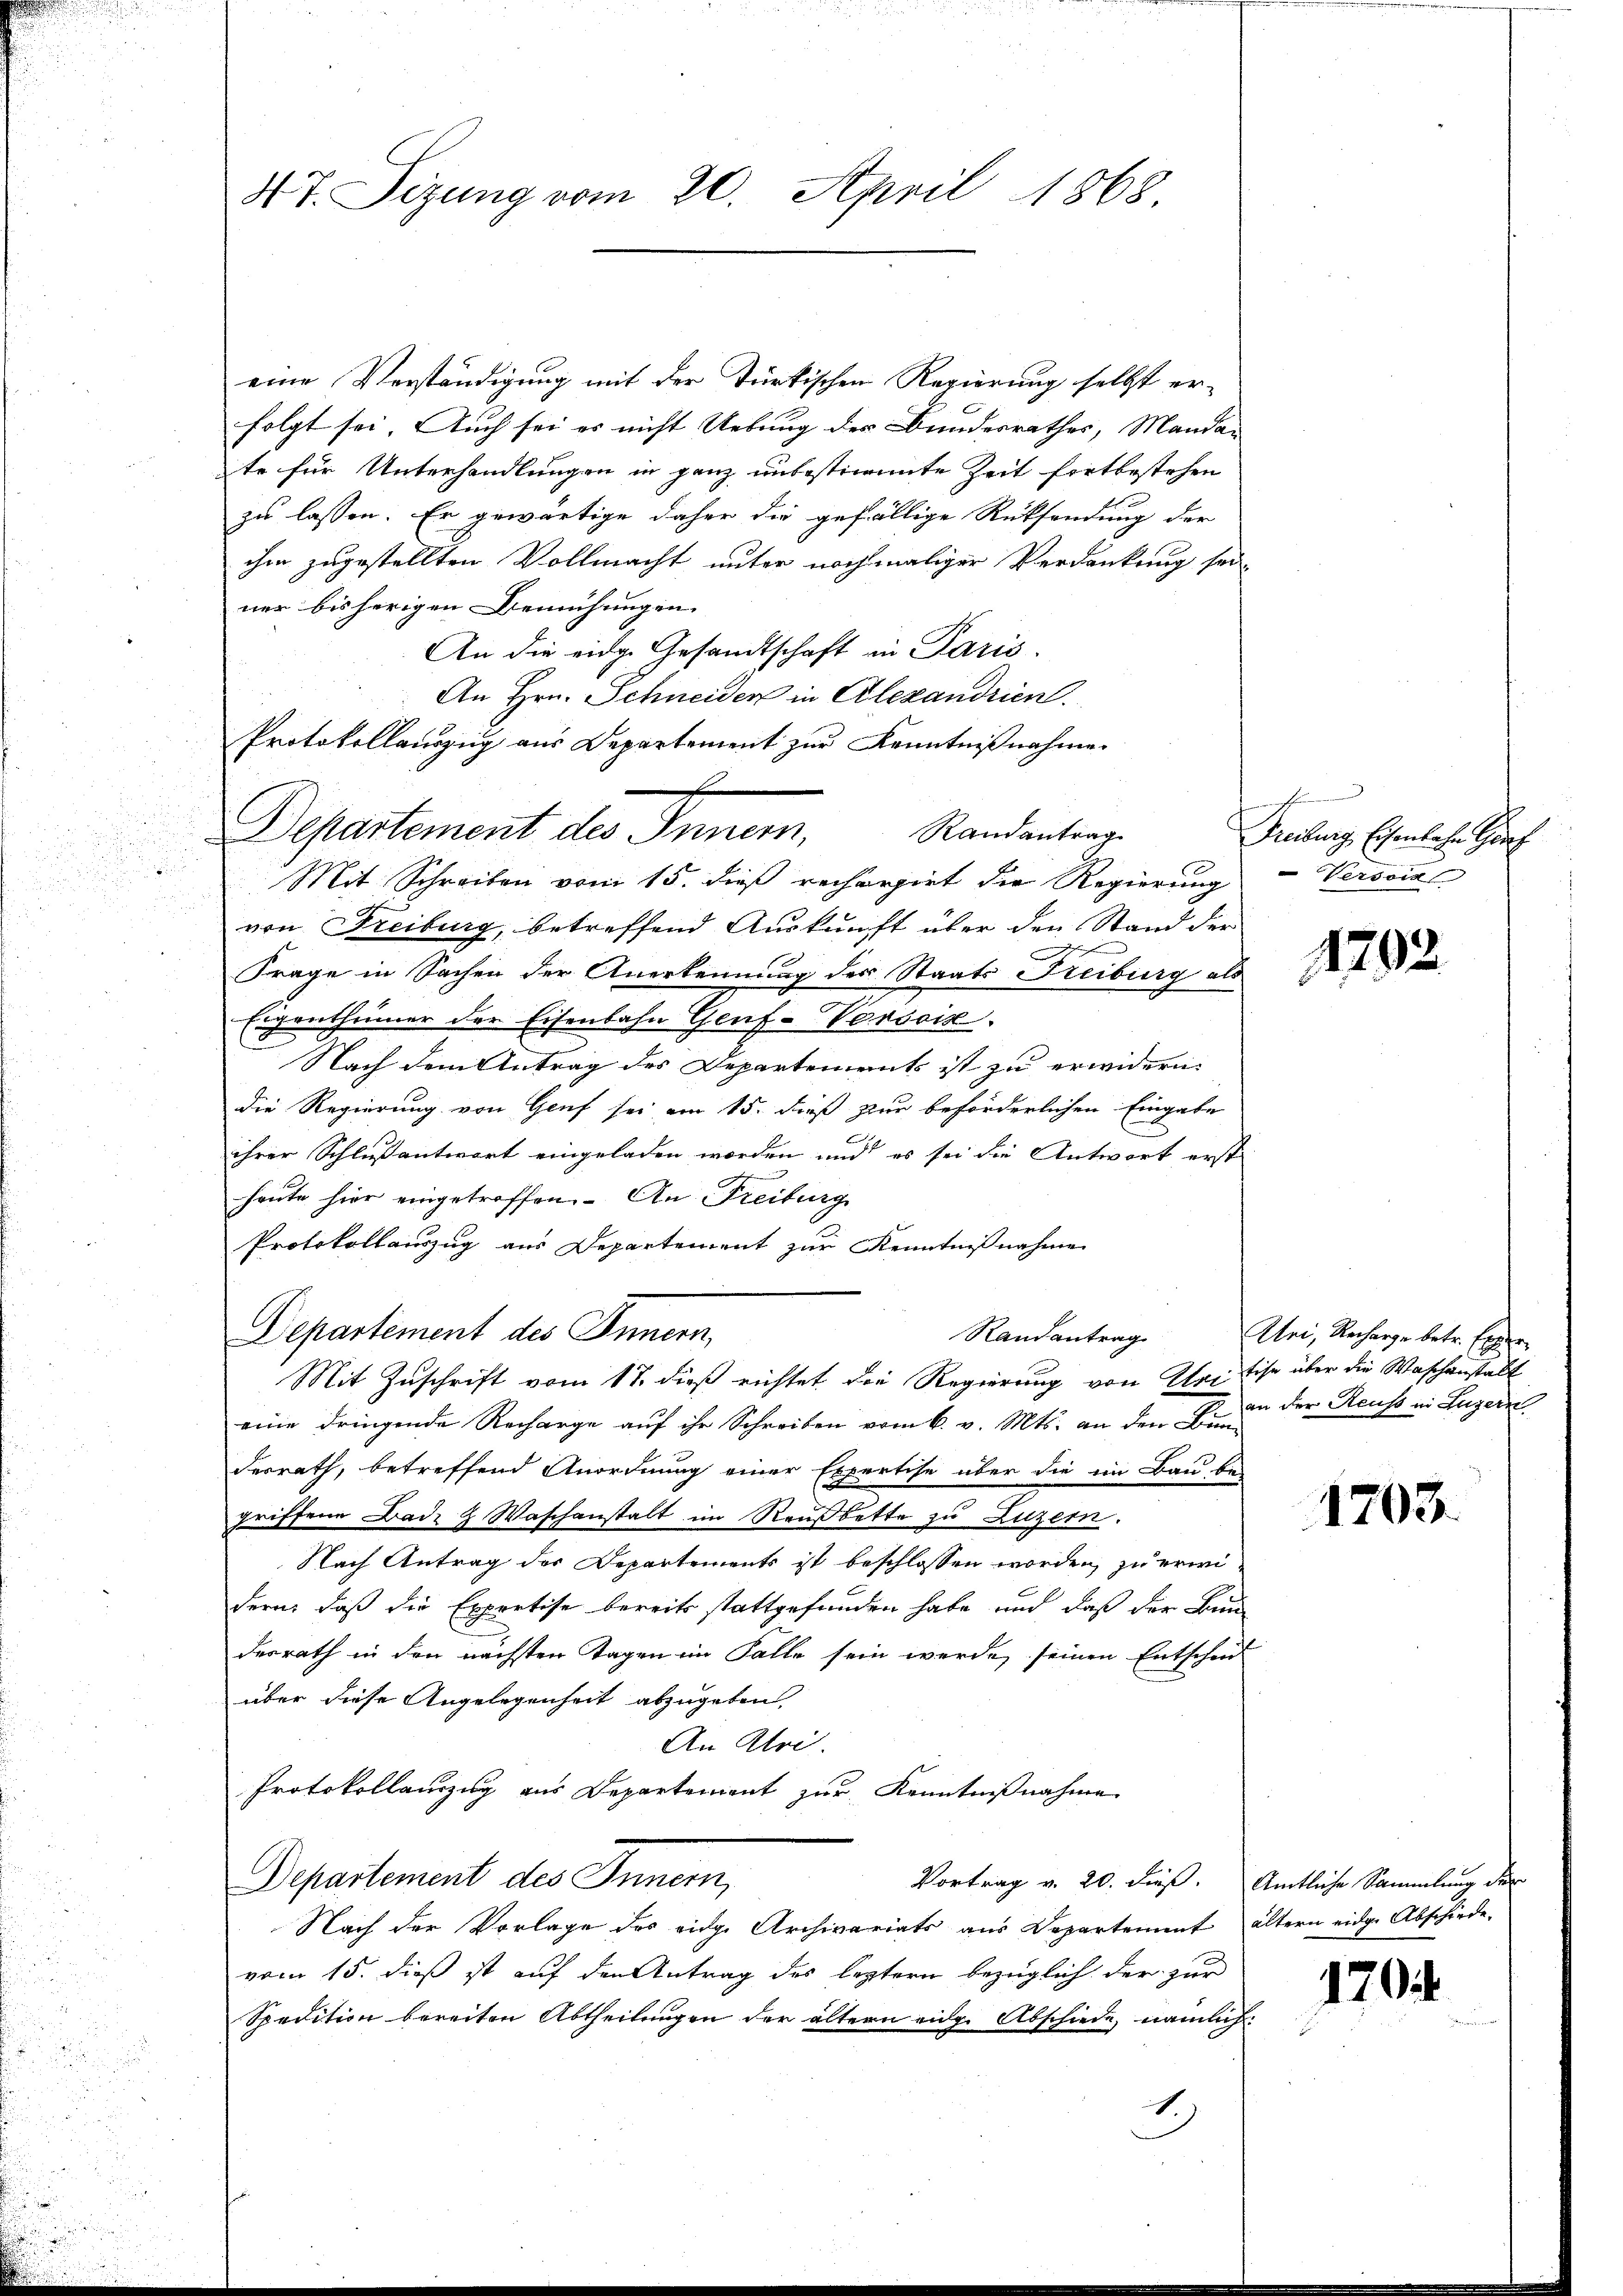
eine Verständigung mit der Türkischen Regierung selbst er-
folgt sei. Auch sei es nicht Uebung des Bundesrathes, Mandan
te für Unterhandlungen in ganz unbestimmte Zeit fortbestehen
zu lassen. Er gewärtige daher die gefällige Rücksendung der
ihm zugestellten Vollmacht unter nochmaliger Verdankung sei-
ner bisherigen Bemühungen.
An die eidge Gesandtschaft in Paris.
An Hrn. Schneiden in Alexandrien.
Protokollauszug aus Departement zur Kenntnißnahme.
Randantrag
Mit Schreiben vom 15. dieß rechargirt die Regierung
von Freiburg, betreffend Auskunft über den Stand der
n
b
Frage in Sachen der Anerkennung des Staats Freiburg als
Eigenthümer der Eisenbahn Genf-Vorsois.
Nach dem Antrag des Departements ist zu erwidern.
die Regierung von Genf sei am 15. dieß zur beförderlichen Eingabe
ihrer Schlußantwort eingeladen worden und es sei die Antwort erst
heute hier eingetroffen. An Freiburg
Protokollauszug aus Departement zur Kenntnißnahmen
Departement des Innern,
Randantrag
Mit Zuschrift vom 17. dieß richtet die Regierung von Kritise über die Waschenstalt
eine dringende Recharge auf ihr Schreiben vom 6. v. Mts. an den Bunderrath, betreffend Anordnung einer Expertise über die im Bau bei
griffene Bade & Waschanstalt im Reußbette zu Luzern.
Nach Antrag des Departements ist beschlossen worden, zu erwidern, daß die Expertise bereits stattgefunden habe und daß der Bun
desrath in den nächsten Tagen im Falle sein werde, seinen Entscheid
über diese Angelegenheit abzugeben
An Abri.
Protokollauszug aus Departement zur Kenntnißnahme
Departement des Innern,
Vortrag v. 20. dieß. Amtliche Sammlung der
Nach der Vorlage des eidge Archivariats aus Departement ältern eidge Abschiede
vom 15. dieß ist auf den Antrag des leztern bezüglich der zur
Spedition bereiten Abtheilungen der ältern eige Abschiede, nämlich
2

4 t. Sizung vom 20. April 1868

Departement des Innern

e
Freiburg, Eisenbahn Got
Verson

1792.

Uri, Recharge betr. Exper
an der Reuss in Luzern

1703.

1704.